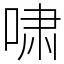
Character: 啸